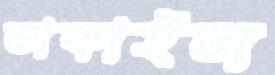
ডাকাইল